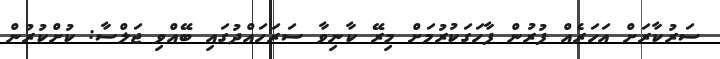
ސަރުކާރަށް އަހަރެއް ފުރުން ފާހަގަކުރުމަށް މިރޭ ކާނިވާ ސަރަހައްދުގައި ބޭއްވި ޖަލްސާ: ކުށްކުރުން